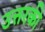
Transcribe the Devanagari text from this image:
उत्तरकी